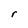
Character: r